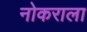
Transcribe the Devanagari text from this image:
नोकराला